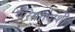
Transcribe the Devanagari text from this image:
परिसरापाशी